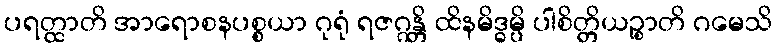
ပရတ္ထာတိ အာရောစနပစ္စယာ ဂုရုံ ရဇဂ္ဂန္တိ ထိနမိဒ္ဓမ္ပိ ပါစိတ္တိယဉ္စာတိ ဂမေသိ